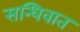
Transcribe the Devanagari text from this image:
सन्धिवात